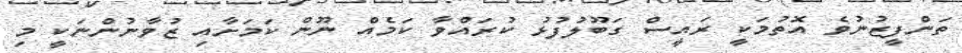
ތަންފީޒުނުވެ އޮތުމަކީ ރައީސް ގަބޫލުފުޅު ކުރައްވާ ކަމެއް ނޫން ކަމަށާއި ޒުވާނުންނަކީ މި